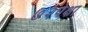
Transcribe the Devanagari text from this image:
७२पेक्षा